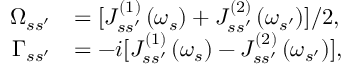
\begin{array} { r l } { \Omega _ { s s ^ { \prime } } } & { = [ J _ { s s ^ { \prime } } ^ { \left( 1 \right) } \left( \omega _ { s } \right) + J _ { s s ^ { \prime } } ^ { \left( 2 \right) } \left( \omega _ { s ^ { \prime } } \right) ] / 2 , } \\ { \Gamma _ { s s ^ { \prime } } } & { = - i [ J _ { s s ^ { \prime } } ^ { \left( 1 \right) } \left( \omega _ { s } \right) - J _ { s s ^ { \prime } } ^ { \left( 2 \right) } \left( \omega _ { s ^ { \prime } } \right) ] , } \end{array}